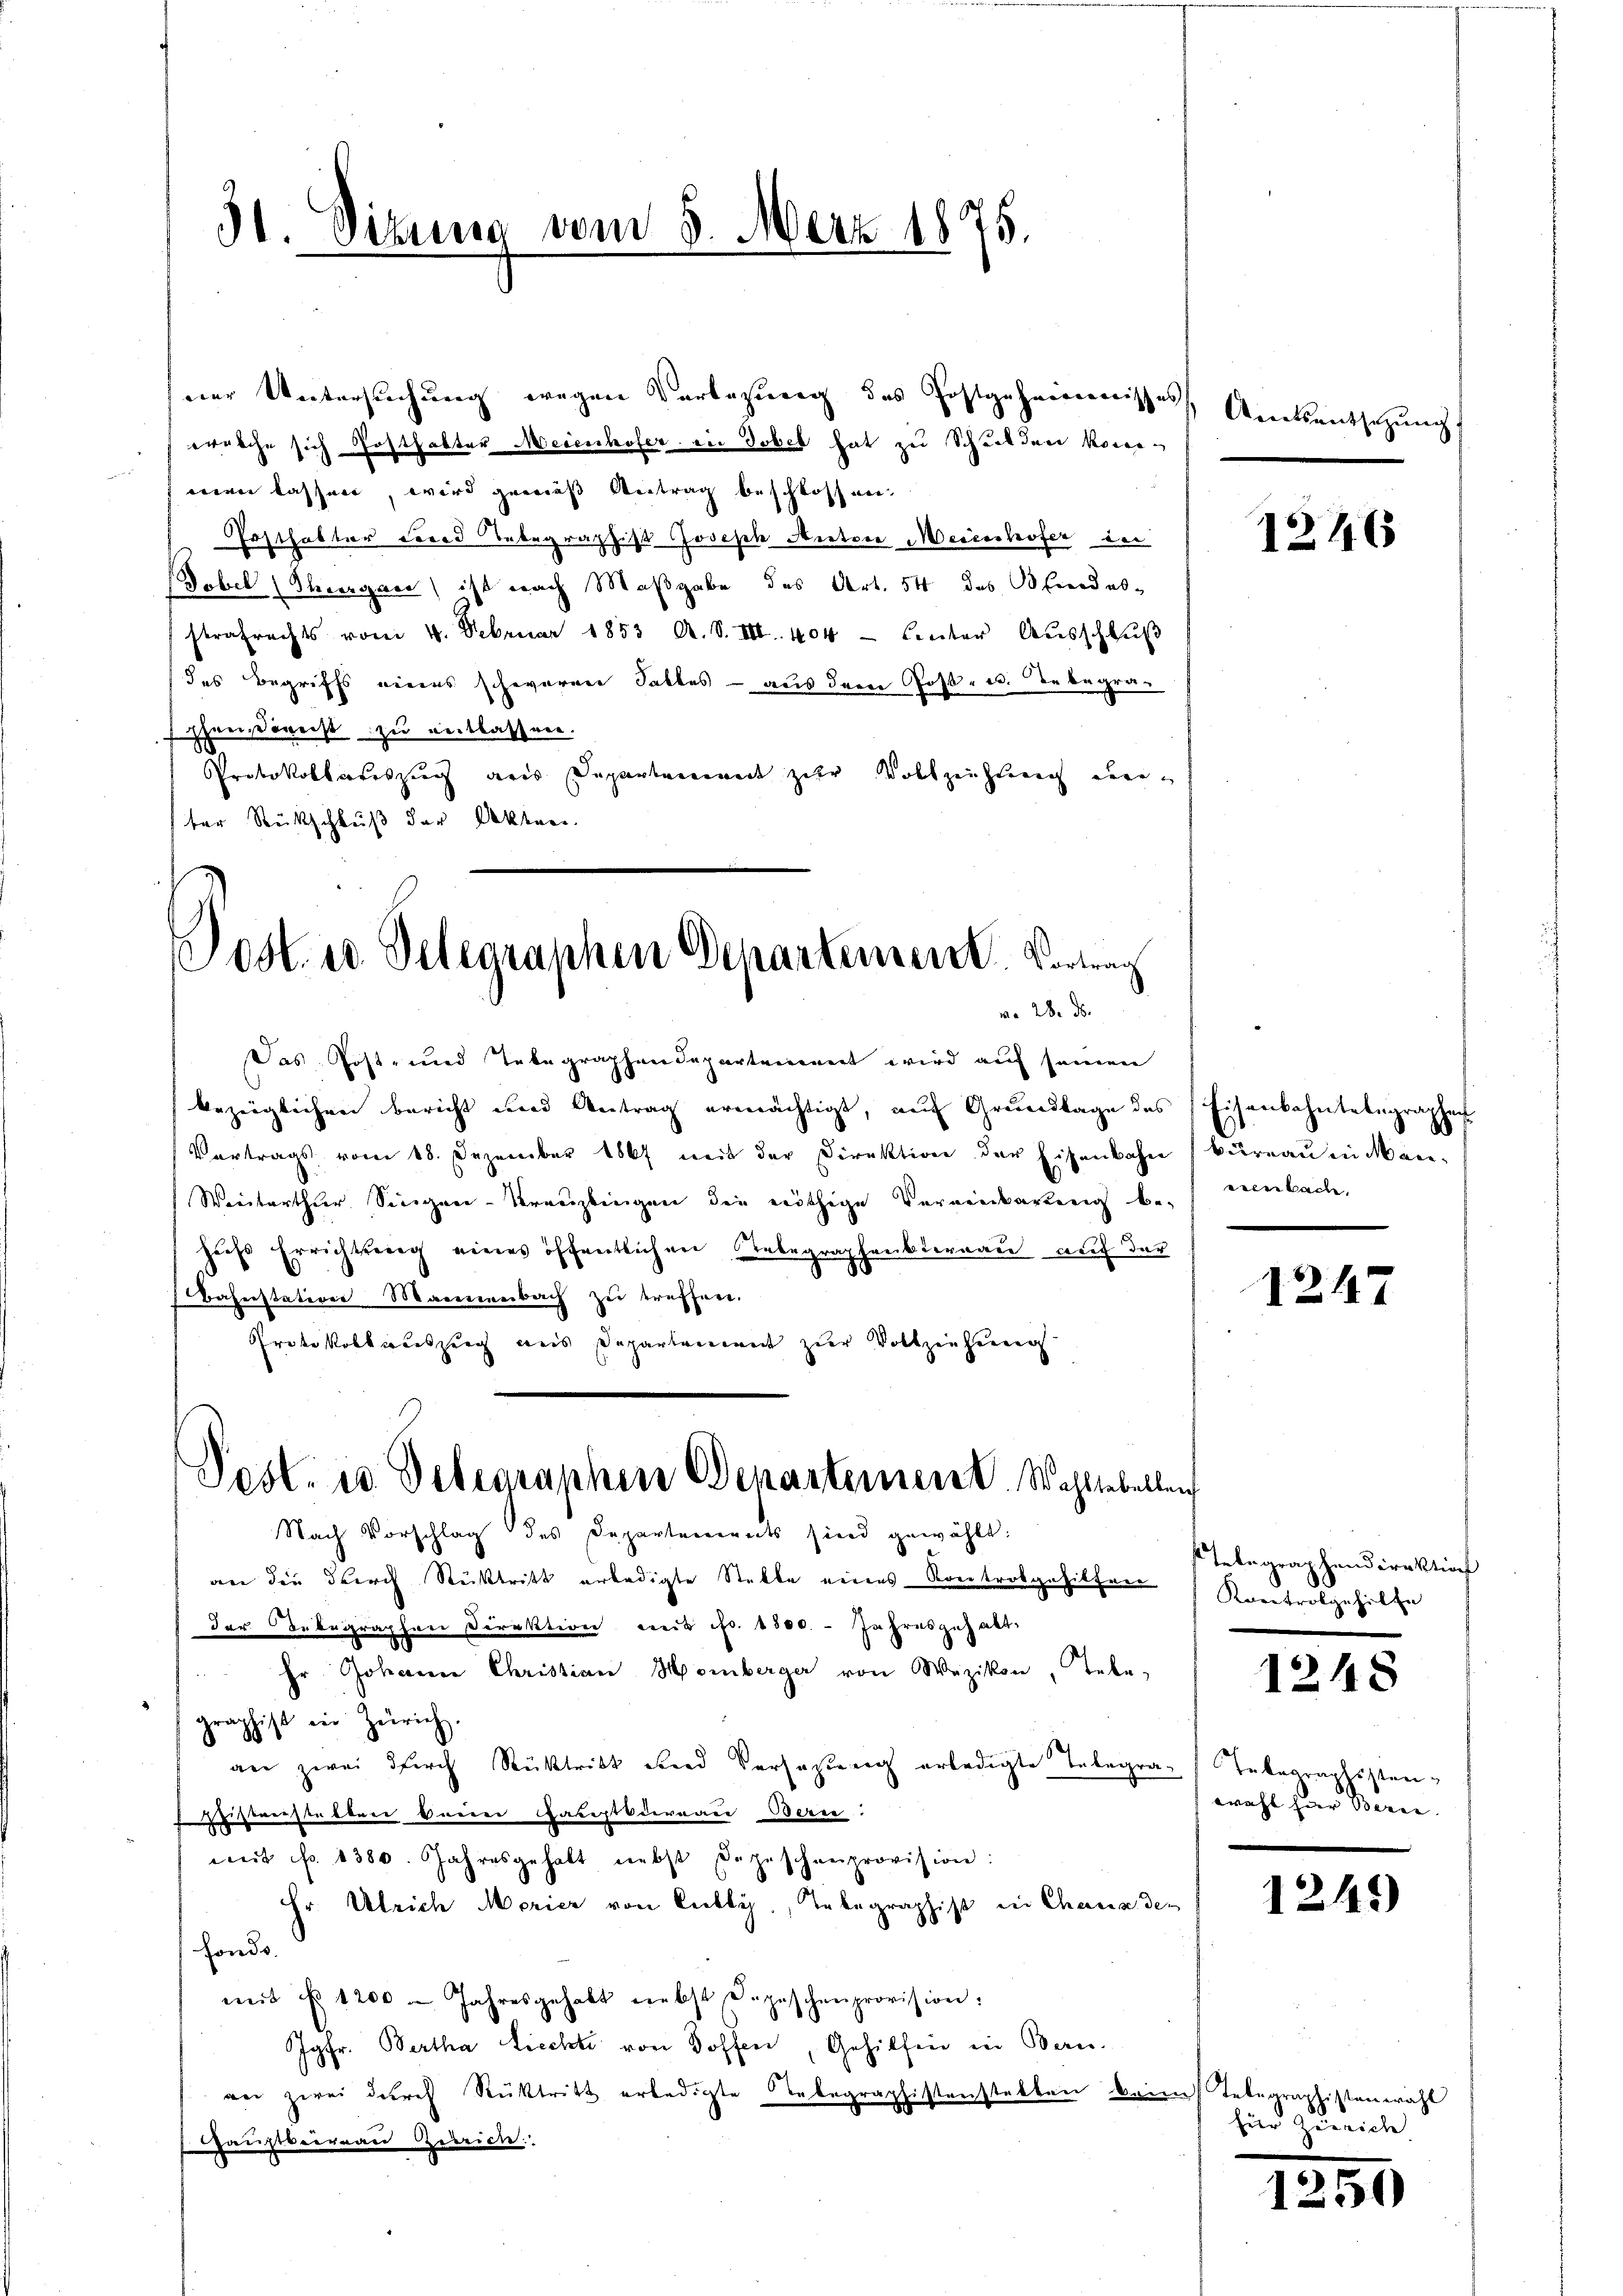
31. Sitzung vom 8. März 1875.

erische sich Posthakter Meienhofer in Tobel hat zu Schulden konnmen lassen, wird gemäß Antrag beschlossen,
Posthakter Frand Tabegraphist Joseph Autore Meienshofer in
Tobel (Stragen) ist nach Maßgabe des Art. 54 des Blindes-
strafrechts vom 4. Februar 1853 A. S. III. 404. Leuter Aŭsschlŭβ
des Begriffs eines schweren Falles – aus dem Post- u. Rebegra-
Eheeißweist zu entlassen.
Protokollateszug aus Departement zur Vollzeichtig einter Rückschluß der Akten.
Das Post- und Telegraphendepartement wird auf seinen
bezüglichen Bericht und Antrag ermächtigt, aŭf Grŭndlage des Eisenbahntelegraphen
Vortrags vom 18. Dezember 1867 mit der Direktion der Eisenbahn Büreau in an-
Weiterthur Singen-Kreuzlingen die nöthige Vereinbarŭng be-nenbach,
hach Errichtung eines öffentlichen begraphenkternau auf der
Bahnstation Mannenbach zu treffen.
Protokobkweiszug aus Departement zur Vollziehenen
Pest. u. Delegraphen Departement. Wahllebellen
Nach Vorschlag des Departements sind gewählt:
an die durch Rücktritt erledigte Stelle eines Kontrotgehilfen Kontrolgehilte
der Belegraphen Direktion mit Fr. 1500. - Jahresgehalt
Er Johann Christian Homberger von Wezikon, Tebe,
graphist in Zürich.
an zwei durch Rücktritt und Versatzung erledigte Telegra-Taboraphisten
sweistetten den Gartbureau Bern.
mit fr. 1380. Jahresgehalt nebst Depeschenprovision:
Hr. Ulrich Morier von Liebly., Inbegraphist in Chana der
Fonds.
mit No. 1200 Jahresgehabt nebst Depeschenprovision:
Jgfr. Bertha Liechts von Hoffen, Gehilfen in Bern.
wer zwei deres Rücktritt erledigte Telegraphistenstatten keines Telearaptistenerahl
HHauptbeirrau Zureiche

ner Untersuchung wegen Verlesung des Postgeheimnisses

Post. u. Delegraphen Departement. Vortrag
wo 28. ds.

Amtsentschŭng

1246

1247

Telegraphendirektion

1248

wahl zur Berne.

1249)

für Zureiche

1250